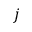
j